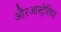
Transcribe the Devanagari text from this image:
औरआस्ट्रेलिया